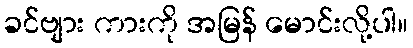
ခင်ဗျား ကားကို အမြန် မောင်းလို့ပါ။